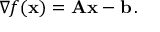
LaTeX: \nabla f ( \mathbf { x } ) = \mathbf { A } \mathbf { x } - \mathbf { b } \, .